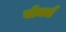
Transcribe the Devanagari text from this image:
वोर्क्स